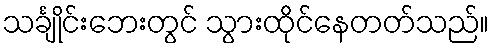
သင်္ချိုင်းဘေးတွင် သွားထိုင်နေတတ်သည်။